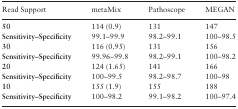
<table><thead><tr><td><b>Read Support</b></td><td><b>metaMix</b></td><td><b>Pathoscope</b></td><td><b>MEGAN</b></td></tr></thead><tbody><tr><td><b>50</b></td><td>114 (0.9)</td><td>131</td><td>147</td></tr><tr><td><b>Sensitivity–Specificity</b></td><td>99.1–99.9</td><td>98.2–99.1</td><td>100–98.5</td></tr><tr><td><b>30</b></td><td>116 (0.95)</td><td>131</td><td>156</td></tr><tr><td><b>Sensitivity–Specificity</b></td><td>99.96–99.8</td><td>98.2–99.1</td><td>100–98.2</td></tr><tr><td><b>20</b></td><td>124 (1.65)</td><td>141</td><td>166</td></tr><tr><td><b>Sensitivity–Specificity</b></td><td>100–99.5</td><td>98.2–98.7</td><td>100–98</td></tr><tr><td><b>10</b></td><td>155 (1.9)</td><td>155</td><td>188</td></tr><tr><td><b>Sensitivity–Specificity</b></td><td>100–98.2</td><td>99.1–98.2</td><td>100–97.4</td></tr></tbody></table>